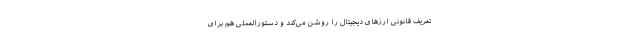
تعریف قانونی ارزهای دیجیتال را روشن می‌کند و دستورالعملی هم برای